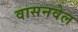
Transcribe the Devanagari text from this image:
वासनवेल